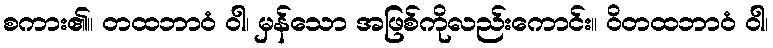
စကား၏။ တထဘာဝံ ဝါ၊ မှန်သော အဖြစ်ကိုလည်းကောင်း။ ဝိတထဘာဝံ ဝါ၊